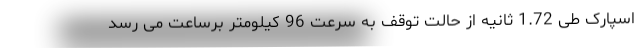
اسپارک طی 1.72 ثانیه از حالت توقف به سرعت 96 کیلومتر برساعت می رسد